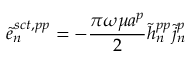
\tilde { e } _ { n } ^ { s c t , p p } = - { \frac { \pi \omega \mu a ^ { p } } { 2 } } \tilde { h } _ { n } ^ { p p } \tilde { j } _ { n } ^ { p }